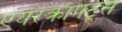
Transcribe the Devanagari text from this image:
एयरक्राफ्ट्स